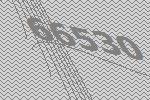
66530